Civil Veterinary Dept. Assam report 1927-50 - 1927-1950
Year: 1927
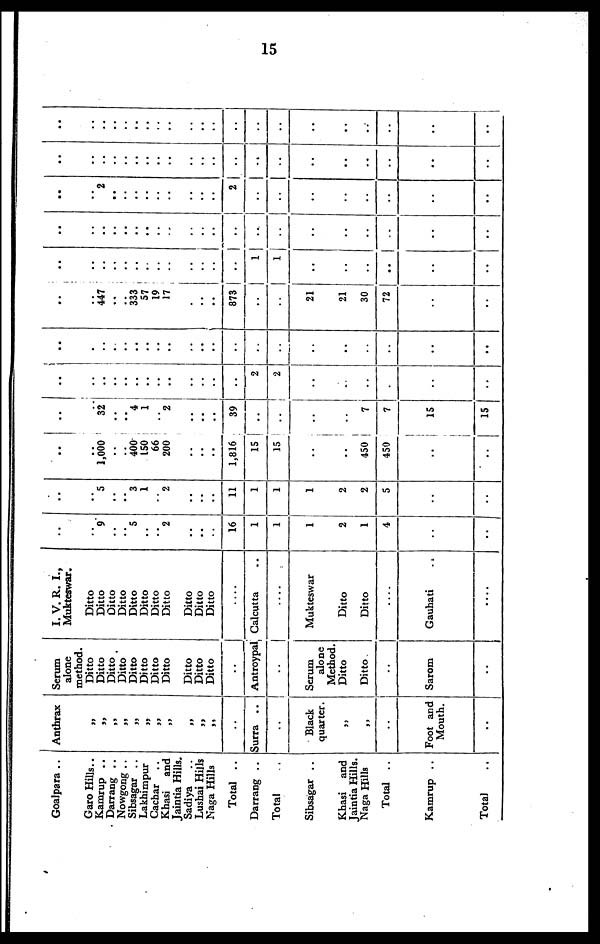
15
Goalpara ..
Garo Hills..
Kamrup ..
Darrang ..
Nowgong ..
Sibsagar ..
Lakhimpur
Cachar ..
Khasi
and
Jaintia Hills.
Sadiya ..
Lushai Hills
Naga Hills
Total ..
Darrang ..
Total ..
Sibsagar ..
Khasi and
Jaintia Hills.
Naga Hills
Total ..
Kamrup ..
Total ..
Anthrax
„
„
„
„
„
„
„
„
„
„
„
..
Surra ..
..
Black
quarter.
„
„
..
Foot and
Mouth.
..
Serum
alone
method.
Ditto
Ditto
Ditto
Ditto
Ditto
Ditto
Ditto
Ditto
Ditto
Ditto
Ditto
..
Antroypal
..
Serum
alone
Method.
Ditto
Ditto
..
Sarom
..
I. V. R. I.,
Mukteswar.
Ditto
Ditto
Ditto
Ditto
Ditto
Ditto
Ditto
Ditto
Ditto
Ditto
Ditto
....
Calcutta ..
....
Mukteswar
Ditto
Ditto
..
Gauhati ..
....
..
..
9
..
..
5
..
..
2
..
..
..
16
1
1
1
2
1
4
..
..
..
..
5
..
..
3
1
..
2
..
..
..
11
1
1
1
2
2
5
..
..
..
..
1,000
..
400
150
66
200
..
..
..
1,816
15
15
..
..
450
450
..
..
..
..
32
..
..
4
1
..
2
..
..
..
39
..
..
..
..
7
7
15
15
..
..
..
..
..
..
..
..
..
..
..
..
..
2
2
..
..
..
.
..
..
..
.
..
..
1
..
..
..
..
..
..
..
..
..
..
..
..
..
..
..
..
..
447
..
333
57
19
17
..
..
..
873
..
..
21
21
30
72
..
..
..
..
..
..
..
..
..
..
..
..
..
..
1
1
..
..
..
..
..
..
..
..
..
..
..
..
..
..
..
..
..
..
..
..
..
..
..
..
..
..
..
..
..
2
..
..
..
..
..
..
..
2
..
..
..
..
..
..
..
..
..
..
..
..
..
..
..
..
..
..
..
..
..
..
..
..
..
..
..
..
..
..
..
..
..
..
..
..
..
..
..
..
..
..
..
..
..
..
..
..